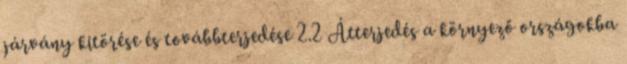
járvány kitörése és továbbterjedése 2.2 Átterjedés a környező országokba